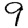
Digit: 9